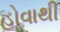
હોવાથી